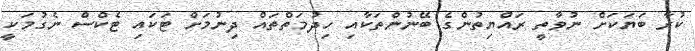
ކުރާ ބަޔަކަށް ނުވާތީ ރައްޔިތުންގެ ބޭނުންތަކާއި ހިދުމަތްތައް ދިނުމަށް ޓަކައި ޓެކްސް ނެގުމަކީ